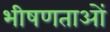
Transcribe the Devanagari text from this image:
भीषणताओं